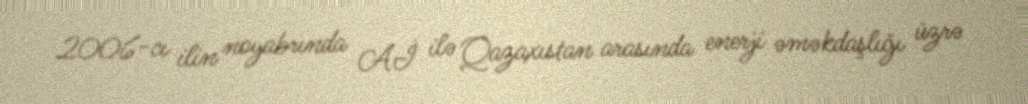
2006-cı ilin noyabrında Aİ ilə Qazaxıstan arasında enerji əməkdaşlığı üzrə